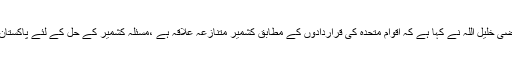
دفتر خارجہ سے جاری بیان کے مطابق ترجمان دفتر خارجہ قاضی خلیل اللہ نے کہا ہے کہ اقوام متحدہ کی قراردادوں کے مطابق کشمیر متنازعہ علاقہ ہے ،مسئلہ کشمیر کے حل کے لئے پاکستان حریت رہنماؤں کو کشمیریو ں کے حقیقی نمائندے سمجھتا ہے۔